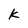
Character: k